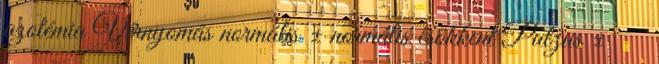
azotémia Vérnyomás normális ± normális csökkent Pulzus ± ↑